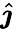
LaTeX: \hat{\boldsymbol{\jmath}}